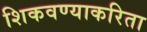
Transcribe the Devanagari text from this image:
शिकवण्याकरिता